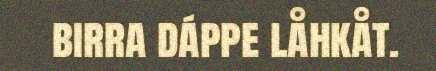
birra dáppe låhkåt.